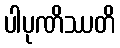
ပါပုဏိဿတိ